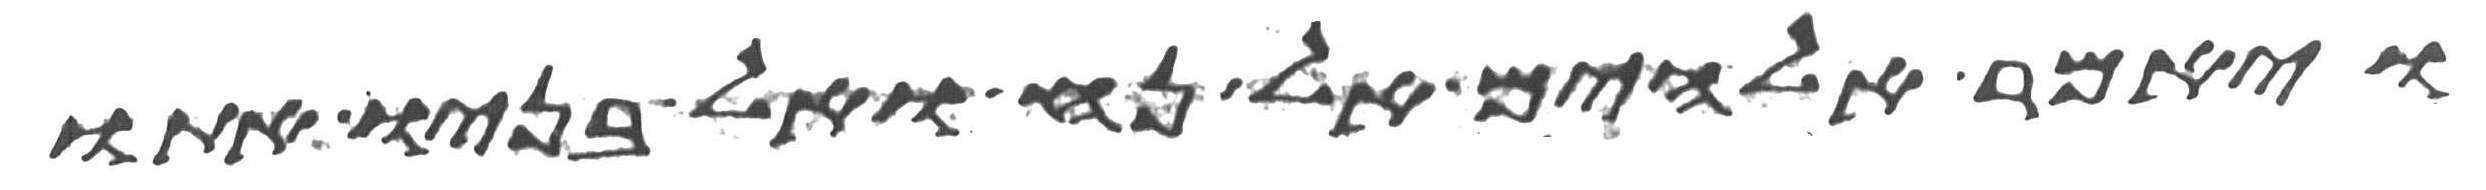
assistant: ויאמר אלהים אל נח ואל בניו אתו